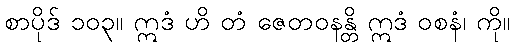
စာပိုဒ် ၁၀၃။ ဣဒံ ဟိ တံ ဇေတဝနန္တိ ဣဒံ ဝစနံ၊ ကို။